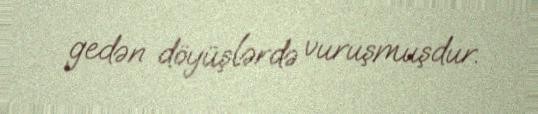
gedən döyüşlərdə vuruşmuşdur.